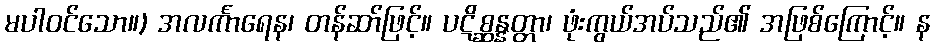
မပါဝင်သော။) အလင်္ကာရေန၊ တန်ဆာ်ဖြင့်။ ပဋိစ္ဆန္နတ္တာ၊ ဖုံးကွယ်အပ်သည်၏ အဖြစ်ကြောင့်။ န